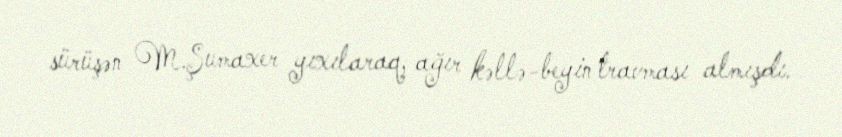
sürüşən M.Şumaxer yıxılaraq, ağır kəllə-beyin travması almışdı.